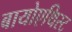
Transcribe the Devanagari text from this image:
बायोएथिस्ट